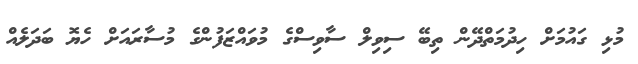
މުޅި ގައުމަށް ހިދުމަތްދޭން ތިބޭ ސިވިލް ސާވިސްގެ މުވައްޒަފުންގެ މުސާރައަށް ހެޔޮ ބަދަލެއް